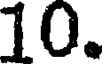
10.